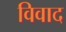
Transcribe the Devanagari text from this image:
विवाद